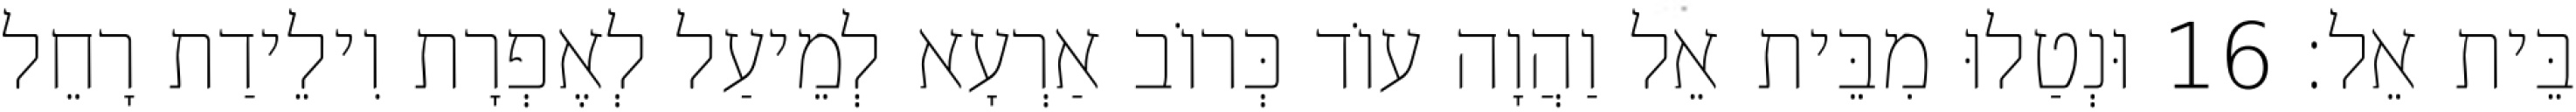
בֵּית אֵל׃ 16 וּנְטַלוּ מִבֵּית אֵל וַהֲוָה עוֹד כְּרוֹב אַרְעָא לְמֵיעַל לְאֶפְרָת וִילֵידַת רָחֵל